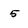
Character: 5